Tartu_pedagoogiumi_aruanded, lk 76
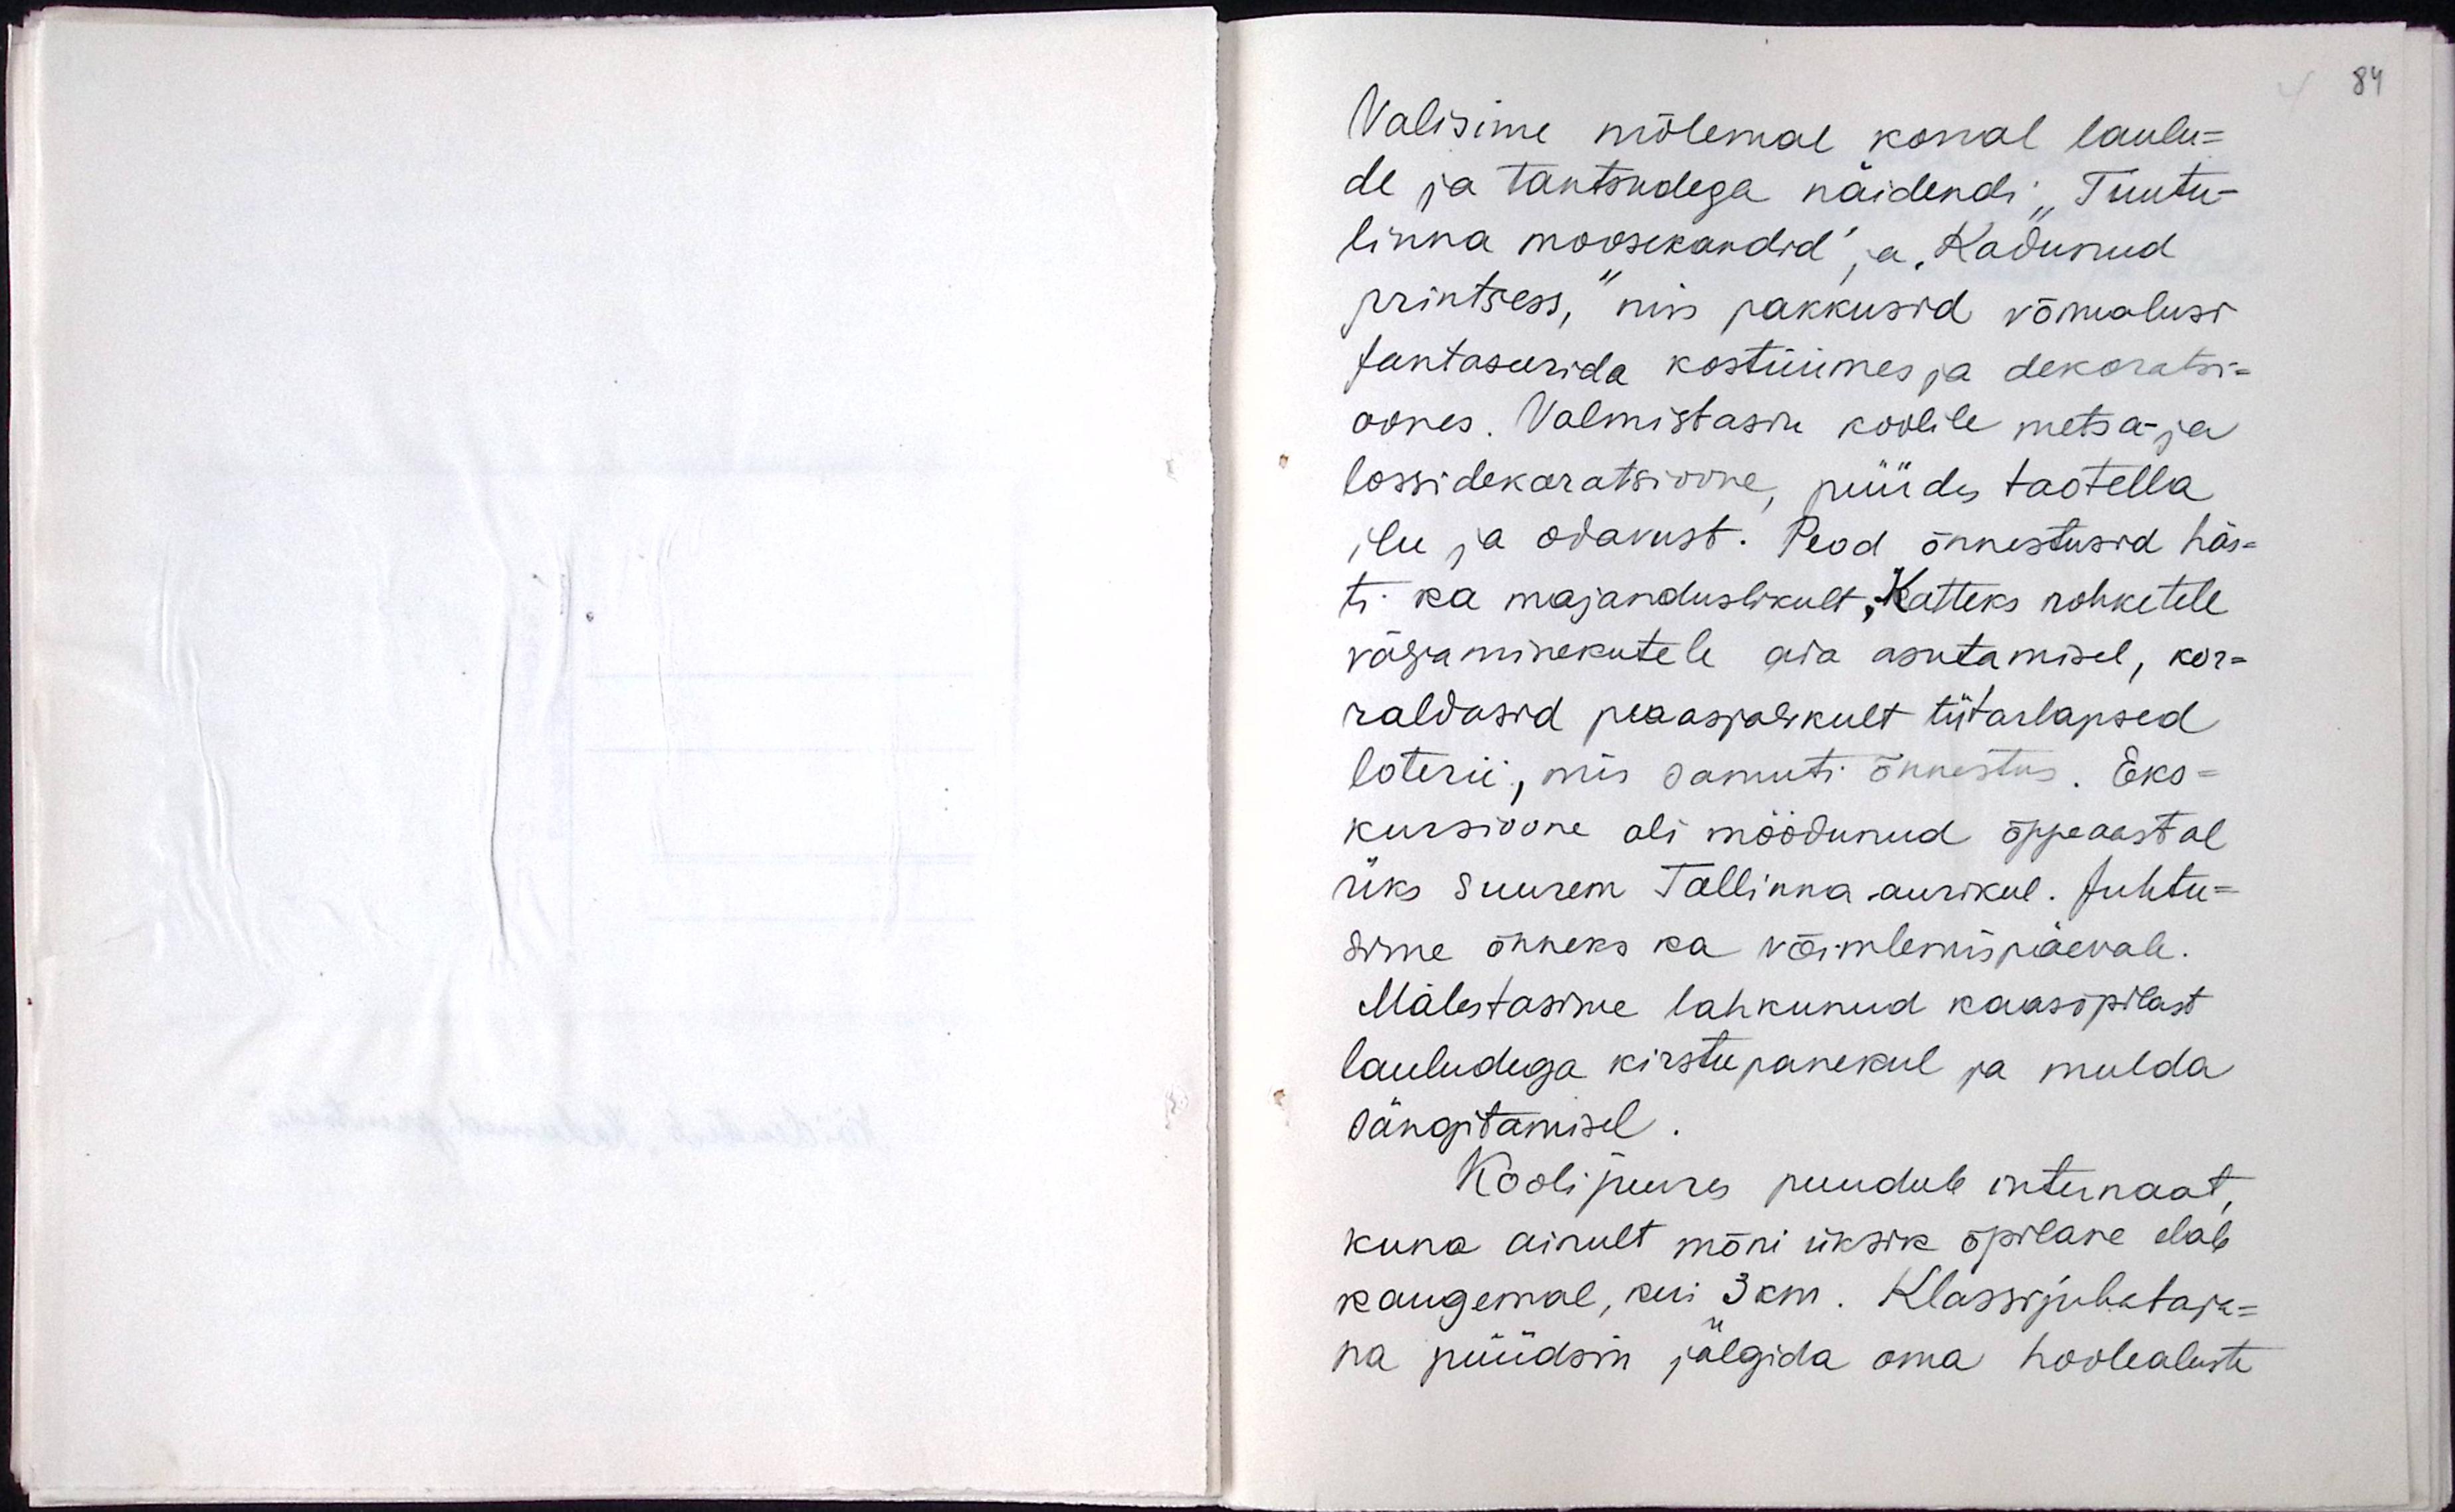
Valisime mõlemal korral laulu-
de ja tantsudega näidendi "Tuutu-
linna moosekandid" ja "Kadunud
printsess", mis pakkusid võimalusi
fantaseerida kostüümes ja dekoratsi-
oones. Valmistasin koolile metsa- ja
lossidekoratsioone püüdes taotella
ilu ja odavust. Peod õnnestusid häs-
ti ka majanduslikult. Katteks rohketele
väljaminekutele aia asuamisele, kor-
raldasid peaasjalikult tütarlapsed
loterii, mis samuti õnnestus. Eks-
kursioone oli möödunud õppeaastal
üks suurem Tallinna aurikul. Juhtu-
sime õnneks ka võimlemispäevale.
Mäletasime lahkunud kaasõpilast
lauludega kirstupanekul ja mulda
sängitamisel.
Kooli juures puudub internaat
kuna ainult mõni üksik õpilane elab
kaugemal kui 3 km. Klassijuhataja-
na püüdsin jälgida oma hoolealuste